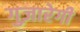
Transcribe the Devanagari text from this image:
गुज़ारेगी